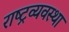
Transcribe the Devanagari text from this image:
राष्ट्रव्यवस्था